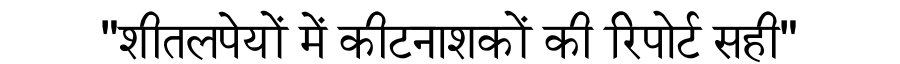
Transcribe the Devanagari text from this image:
"शीतलपेयों में कीटनाशकों की रिपोर्ट सही"